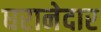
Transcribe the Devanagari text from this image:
घरानेदार